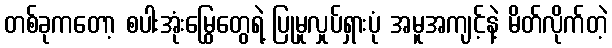
တစ်ခုကတော့ စပါးအုံးမြွေတွေရဲ့ ပြုမူလှုပ်ရှားပုံ အမူအကျင့်နဲ့ မိတ်လိုက်တဲ့